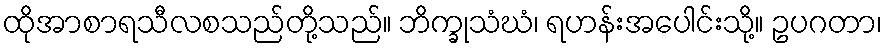
ထိုအာစာရသီလစသည်တို့သည်။ ဘိက္ခုသံဃံ၊ ရဟန်းအပေါင်းသို့။ ဥပဂတာ၊